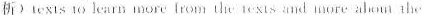
析)Iexts 10 learm more Irom the ext nd more ahoum the